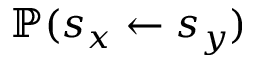
\mathbb { P } ( s _ { x } \leftarrow s _ { y } )